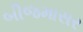
બીજમાસર